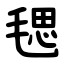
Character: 毸